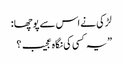
لڑکی نے اس سے پوچھا :
”یہ کسی کی نگاہ عجیب ؟